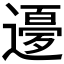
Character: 𲅵